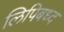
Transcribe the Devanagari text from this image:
लिपिबध्द